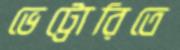
ভেট্টোরিতে